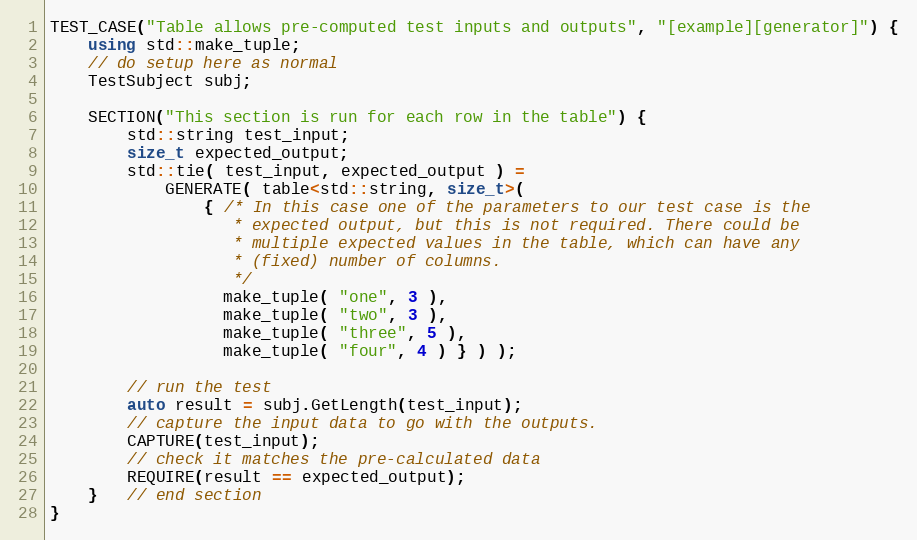
Language: C++
TEST_CASE("Table allows pre-computed test inputs and outputs", "[example][generator]") {
    using std::make_tuple;
    // do setup here as normal
    TestSubject subj;

    SECTION("This section is run for each row in the table") {
        std::string test_input;
        size_t expected_output;
        std::tie( test_input, expected_output ) =
            GENERATE( table<std::string, size_t>(
                { /* In this case one of the parameters to our test case is the
                   * expected output, but this is not required. There could be
                   * multiple expected values in the table, which can have any
                   * (fixed) number of columns.
                   */
                  make_tuple( "one", 3 ),
                  make_tuple( "two", 3 ),
                  make_tuple( "three", 5 ),
                  make_tuple( "four", 4 ) } ) );

        // run the test
        auto result = subj.GetLength(test_input);
        // capture the input data to go with the outputs.
        CAPTURE(test_input);
        // check it matches the pre-calculated data
        REQUIRE(result == expected_output);
    }   // end section
}